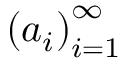
\left( a _ { i } \right) _ { i = 1 } ^ { \infty }